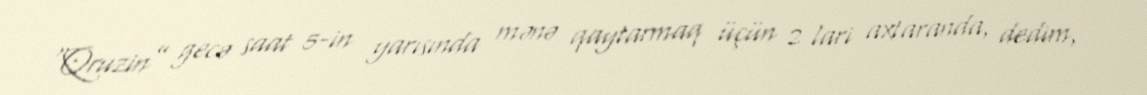
“Qruzin” gecə saat 5-in yarısında mənə qaytarmaq üçün 2 lari axtaranda, dedim,